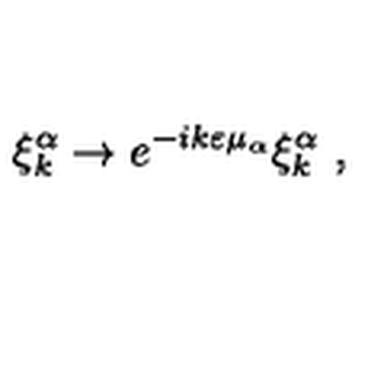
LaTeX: \xi _ { k } ^ { \alpha } \to e ^ { - i k \varepsilon \mu _ { \alpha } } \xi _ { k } ^ { \alpha } \ ,